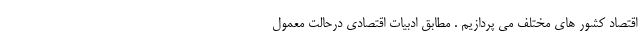
اقتصاد کشور های مختلف می پردازیم . مطابق ادبیات اقتصادی درحالت معمول